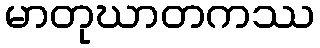
မာတုဃာတကဿ